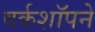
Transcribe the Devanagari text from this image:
वर्कशॉपने